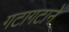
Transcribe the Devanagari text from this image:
गटागटाने